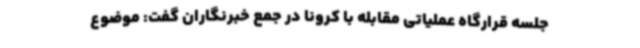
جلسه قرارگاه عملیاتی مقابله با کرونا در جمع خبرنگاران گفت: موضوع